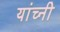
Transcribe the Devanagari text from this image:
यांच्नी